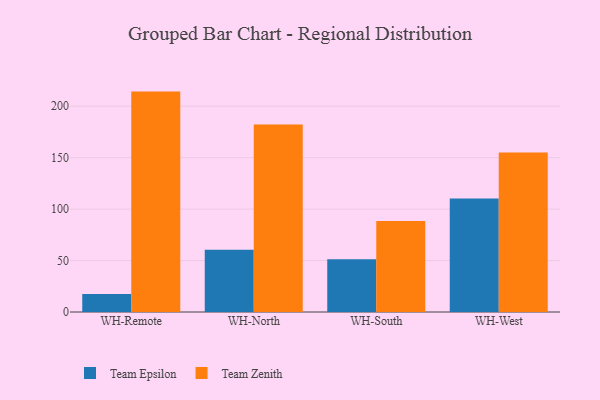
{"axis": {"x": "Warehouse", "y": "Temperature (°C)"}, "legend": ["Team Epsilon", "Team Zenith"], "data": [{"x": "WH-Remote", "y": 17.5, "type": "Team Epsilon"}, {"x": "WH-Remote", "y": 214.2, "type": "Team Zenith"}, {"x": "WH-North", "y": 60.6, "type": "Team Epsilon"}, {"x": "WH-North", "y": 182.3, "type": "Team Zenith"}, {"x": "WH-South", "y": 51.3, "type": "Team Epsilon"}, {"x": "WH-South", "y": 88.4, "type": "Team Zenith"}, {"x": "WH-West", "y": 110.2, "type": "Team Epsilon"}, {"x": "WH-West", "y": 154.9, "type": "Team Zenith"}]}